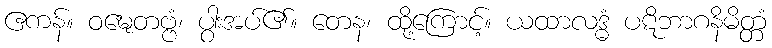
ဧကန်။ ဝဍ္ဎေတဗ္ဗံ၊ ပွါးအပ်၏။ တေန၊ ထို့ကြောင့်။ ယထာလဒ္ဓံ ပဋိဘာဂနိမိတ္တံ